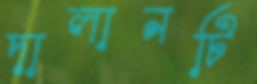
দালানটি